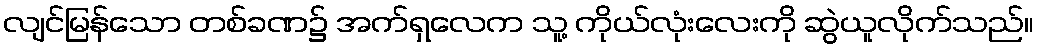
လျင်မြန်သော တစ်ခဏ၌ အက်ရှလေက သူ့ ကိုယ်လုံးလေးကို ဆွဲယူလိုက်သည်။